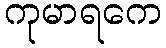
ကုမာရကေ